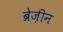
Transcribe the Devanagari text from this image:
ब्रेज़ीन